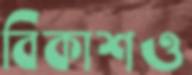
বিকাশও